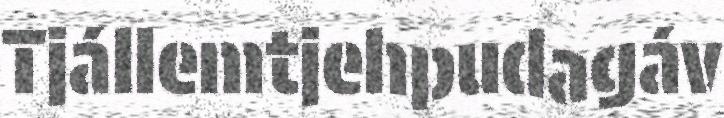
Tjállemtjehpudagáv